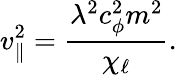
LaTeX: v_{\| }^{2}=\frac{\lambda^{2}c_{\phi}^{2}m^{2}}{\chi_{\ell}}.